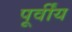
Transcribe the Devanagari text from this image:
पूर्वींय